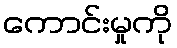
ကောင်းမှုကို